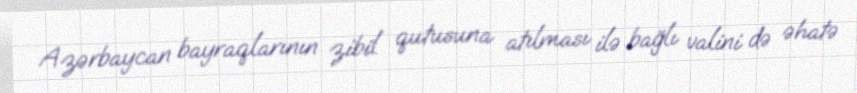
Azərbaycan bayraqlarının zibil qutusuna atılması ilə bağlı valini də əhatə